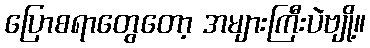
ပြောစရာတွေတော့ အများကြီးပဲဗျို့။